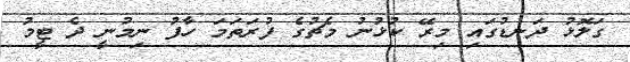
ގަލޮޅު ދަނޑުގައި މިރޭ ކުޅުނު މެޗުގެ ފުރަތަމަ ހާފު ނިމުނީ ދެ ޓީމު